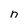
Character: n